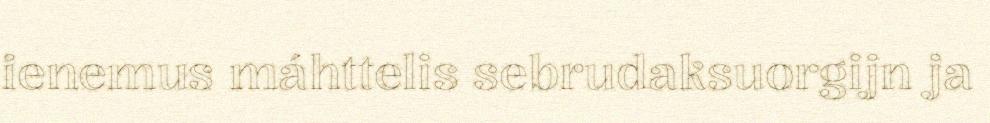
ienemus máhttelis sebrudaksuorgijn ja